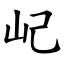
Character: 屺